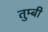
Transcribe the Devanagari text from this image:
तुम्बी